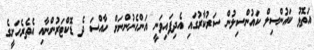
އަތޮޅު ކައުންސިލް ކައުންސިލުން ސަރުކާރުގައި އެދިފައިވަނީ އަންހެނުންނަށް ހާއްސަ ދެ ޑޮކްޓަރުންނާއި އެތެރެހަށީގެ